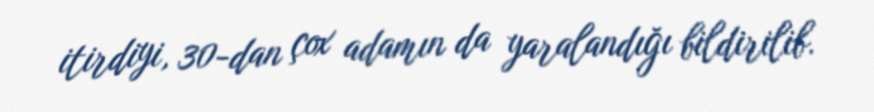
itirdiyi, 30-dan çox adamın da yaralandığı bildirilib.